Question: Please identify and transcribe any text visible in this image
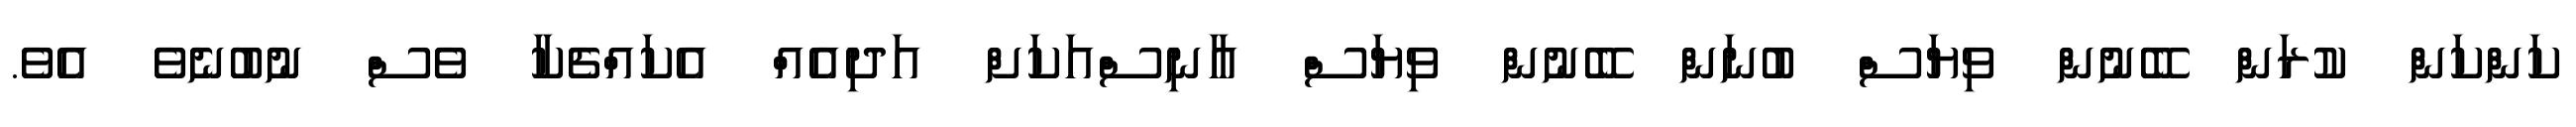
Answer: ކަންކަން ކުރަން ބޭނުން ވިޔަސް ބުނަން ބޭނުން ވިޔަސް އާނިސްއަކަށް އަދިއެއް އެކައްޗެކާ ވެސް ނުބުނެވެ އެވެ.